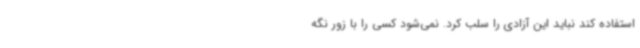
استفاده کند نباید این آزادی را سلب کرد. نمی‌شود کسی را با زور نگه